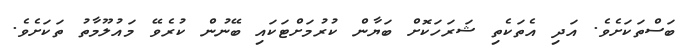
ބަސްތަކަށެވެ. އަދި އެތަކެތި ޝަރަހަކޮށް ބަޔާން ކުރުމަށްޓަކައި ބޭނުން ކުރެވޭ މައުލޫމާތު ތަކަށެވެ.